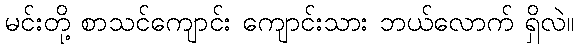
မင်းတို့ စာသင်ကျောင်း ကျောင်းသား ဘယ်လောက် ရှိလဲ။